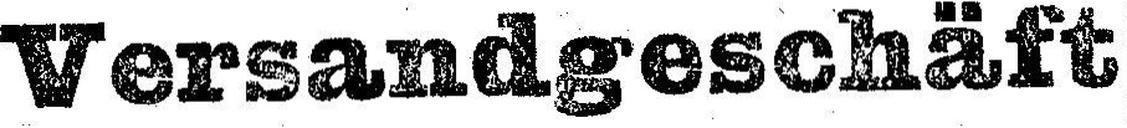
Versandgeschäft